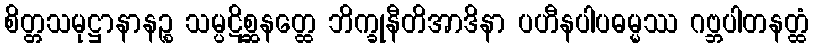
စိတ္တသမုဋ္ဌာနာနဉ္စ သမ္ပဋိစ္ဆနတ္ထေ ဘိက္ခုနီတိအာဒိနာ ပဟီနပါပဓမ္မဿ ဂဗ္ဘပါတနတ္ထံ